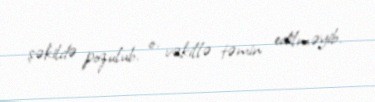
şəkildə pozulub, o, vəkillə təmin edilməyib.